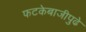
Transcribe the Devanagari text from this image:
फटकेबाजीपुढे